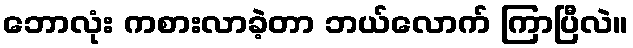
ဘောလုံး ကစားလာခဲ့တာ ဘယ်လောက် ကြာပြီလဲ။